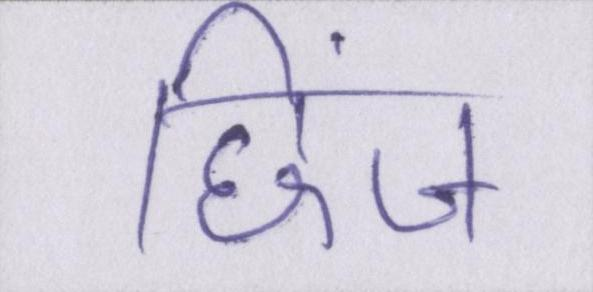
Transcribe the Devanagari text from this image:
छिंज